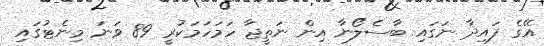
އޭގެ ފައިދާ ނަގައި ބާސެލޯނާ އިން ނަތީޖާ ހަމަހަމަކުރީ 89 ވަނަ މިނެޓުގައި